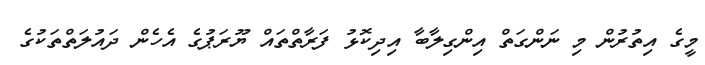
މީގެ އިތުރުން މި ނަންގަތް އިންގިލާބާ އިދިކޮޅު ފަރާތްތައް ޔޫރަޕުގެ އެހެން ދައުލަތްތަކުގެ